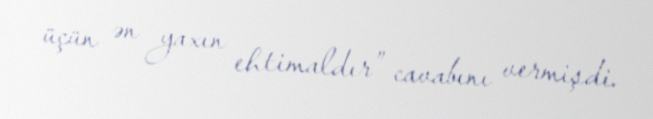
üçün ən yaxın ehtimaldır” cavabını vermişdi.